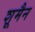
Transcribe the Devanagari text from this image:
शूमैन